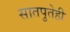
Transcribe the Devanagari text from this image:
सातपुतेही